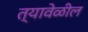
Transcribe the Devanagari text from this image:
त्यावेळील